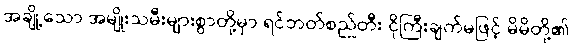
အချို့သော အမျိုးသမီးများစွာတို့မှာ ရင်ဘတ်စည်တီး ငိုကြီးချက်မဖြင့် မိမိတို့၏